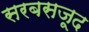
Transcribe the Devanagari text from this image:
सरबसजूद